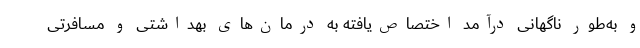
و به‌طور ناگهانی درآمد اختصاص‌یافته به درمان‌های بهداشتی و مسافرتی